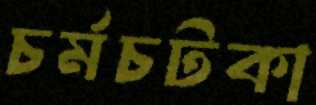
চর্মচটকা